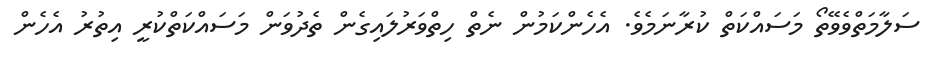
ސަލާމަތްވެވޭތޯ މަސައްކަތް ކުރާނަމެވެ. އެހެންކަމުން ނެތް ހިތްވަރުލައިގެން ތެދުވަން މަސައްކަތްކުރީ އިތުރު އެހެން